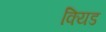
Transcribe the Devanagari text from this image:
क्यिड